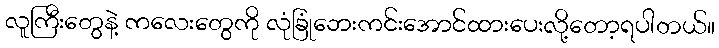
လူကြီးတွေနဲ့ ကလေးတွေကို လုံခြုံဘေးကင်းအောင်ထားပေးလို့တော့ရပါတယ်။